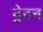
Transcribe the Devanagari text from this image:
ट्रेटन